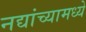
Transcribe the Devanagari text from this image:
नद्यांच्यामध्ये